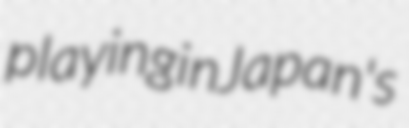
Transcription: playing in Japan's